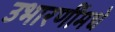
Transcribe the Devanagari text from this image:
उभारणींमधे